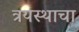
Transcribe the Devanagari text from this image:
त्रयस्थाचा